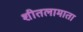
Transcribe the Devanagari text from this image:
शीतलामाता